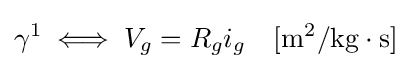
\gamma ^{1}\iff V_{g}=R_{g}i_{g}\quad \mathrm {[m^{2}/kg\cdot s]}